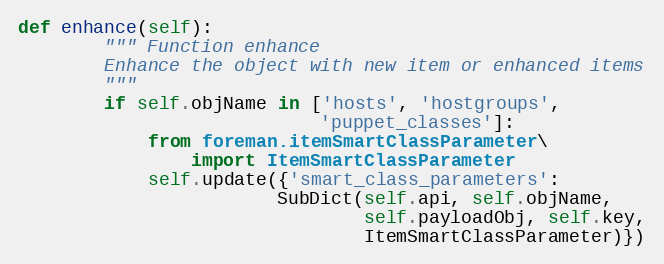
Language: Python
def enhance(self):
        """ Function enhance
        Enhance the object with new item or enhanced items
        """
        if self.objName in ['hosts', 'hostgroups',
                            'puppet_classes']:
            from foreman.itemSmartClassParameter\
                import ItemSmartClassParameter
            self.update({'smart_class_parameters':
                        SubDict(self.api, self.objName,
                                self.payloadObj, self.key,
                                ItemSmartClassParameter)})